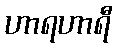
ဟာရဟာရီ